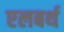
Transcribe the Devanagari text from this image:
एलबर्थ